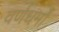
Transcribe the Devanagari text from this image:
वर्णधर्मों